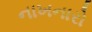
નાખનારો